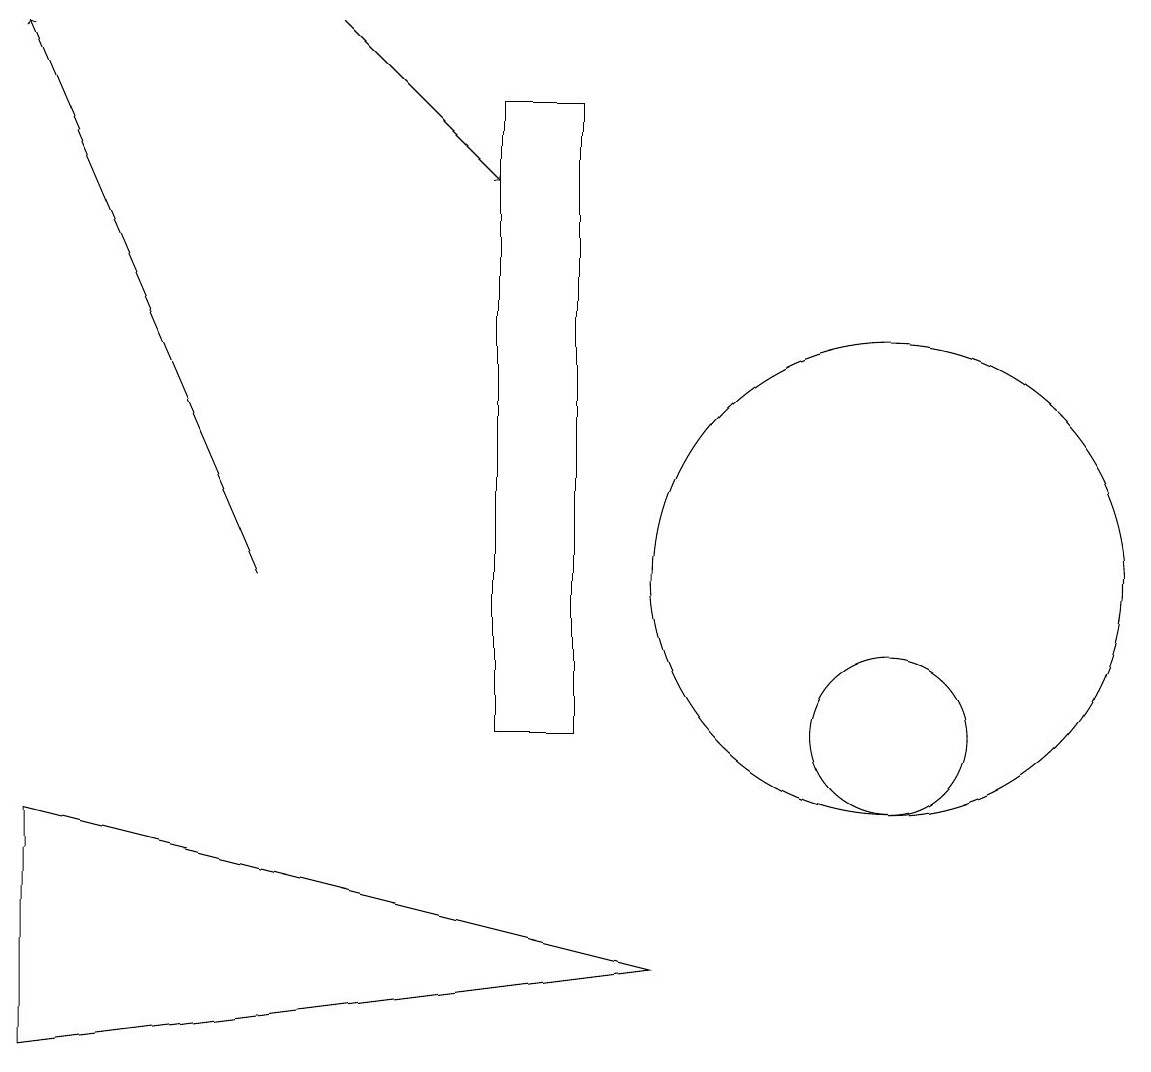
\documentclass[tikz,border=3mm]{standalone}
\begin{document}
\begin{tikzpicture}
\draw[->] (4,12) -- (1,19);
\draw (7,18) rectangle (8,10);
\draw (1,6) -- (9,7) -- (1,9) -- cycle;
\draw (12,12) circle (3);
\draw[->] (5,19) -- (7,17);
\draw (12,10) circle (1);
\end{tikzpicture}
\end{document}